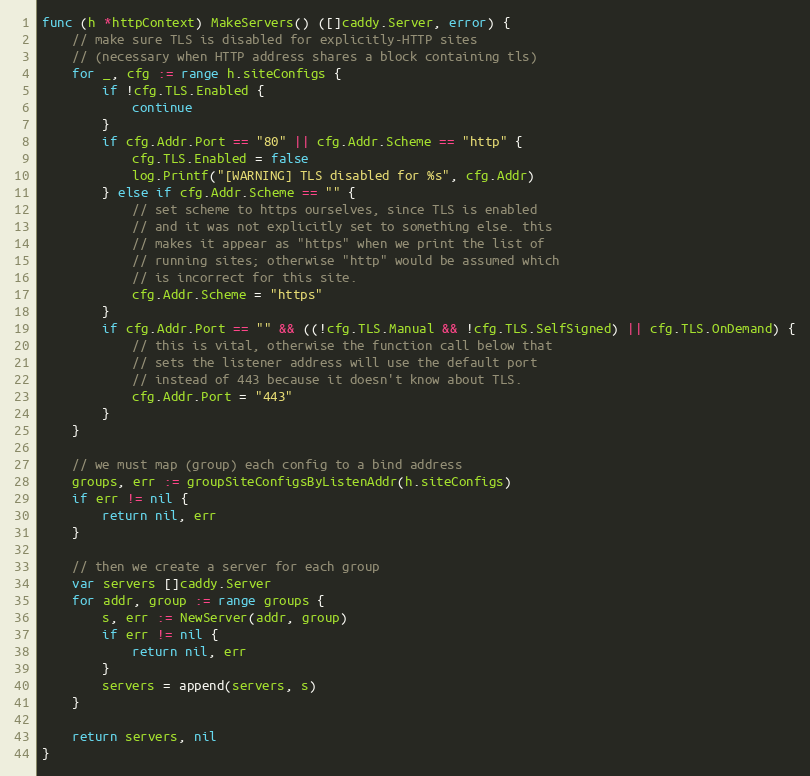
Language: Go
func (h *httpContext) MakeServers() ([]caddy.Server, error) {
	// make sure TLS is disabled for explicitly-HTTP sites
	// (necessary when HTTP address shares a block containing tls)
	for _, cfg := range h.siteConfigs {
		if !cfg.TLS.Enabled {
			continue
		}
		if cfg.Addr.Port == "80" || cfg.Addr.Scheme == "http" {
			cfg.TLS.Enabled = false
			log.Printf("[WARNING] TLS disabled for %s", cfg.Addr)
		} else if cfg.Addr.Scheme == "" {
			// set scheme to https ourselves, since TLS is enabled
			// and it was not explicitly set to something else. this
			// makes it appear as "https" when we print the list of
			// running sites; otherwise "http" would be assumed which
			// is incorrect for this site.
			cfg.Addr.Scheme = "https"
		}
		if cfg.Addr.Port == "" && ((!cfg.TLS.Manual && !cfg.TLS.SelfSigned) || cfg.TLS.OnDemand) {
			// this is vital, otherwise the function call below that
			// sets the listener address will use the default port
			// instead of 443 because it doesn't know about TLS.
			cfg.Addr.Port = "443"
		}
	}

	// we must map (group) each config to a bind address
	groups, err := groupSiteConfigsByListenAddr(h.siteConfigs)
	if err != nil {
		return nil, err
	}

	// then we create a server for each group
	var servers []caddy.Server
	for addr, group := range groups {
		s, err := NewServer(addr, group)
		if err != nil {
			return nil, err
		}
		servers = append(servers, s)
	}

	return servers, nil
}